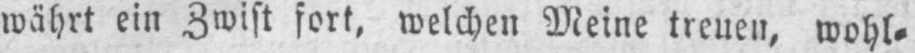
währt ein Zwist fort, welchen Meine treuen, wohl⸗